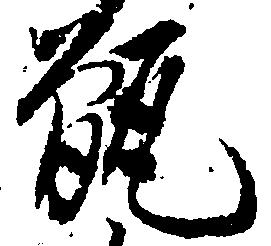
甑